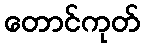
တောင်ကုတ်